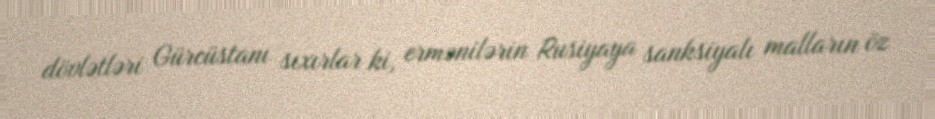
dövlətləri Gürcüstanı sıxırlar ki, ermənilərin Rusiyaya sanksiyalı malların öz